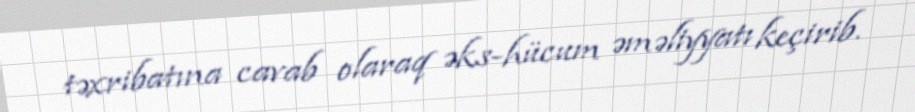
təxribatına cavab olaraq əks-hücum əməliyyatı keçirib.